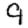
Digit: 9